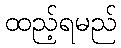
ထည့်ရမည်